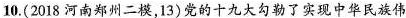
10.(2018河南郑州二模，13)党的十九大勾勒了实现中华民族伟